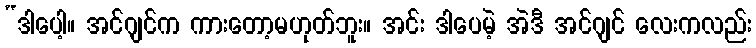
“ဒါပေါ့။ အင်ဂျင်က ကားတော့မဟုတ်ဘူး။ အင်း ဒါပေမဲ့ အဲဒီ အင်ဂျင် လေးကလည်း